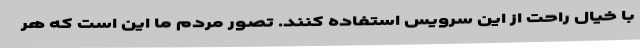
با خیال راحت از این سرویس استفاده کنند. تصور مردم ما این است که هر